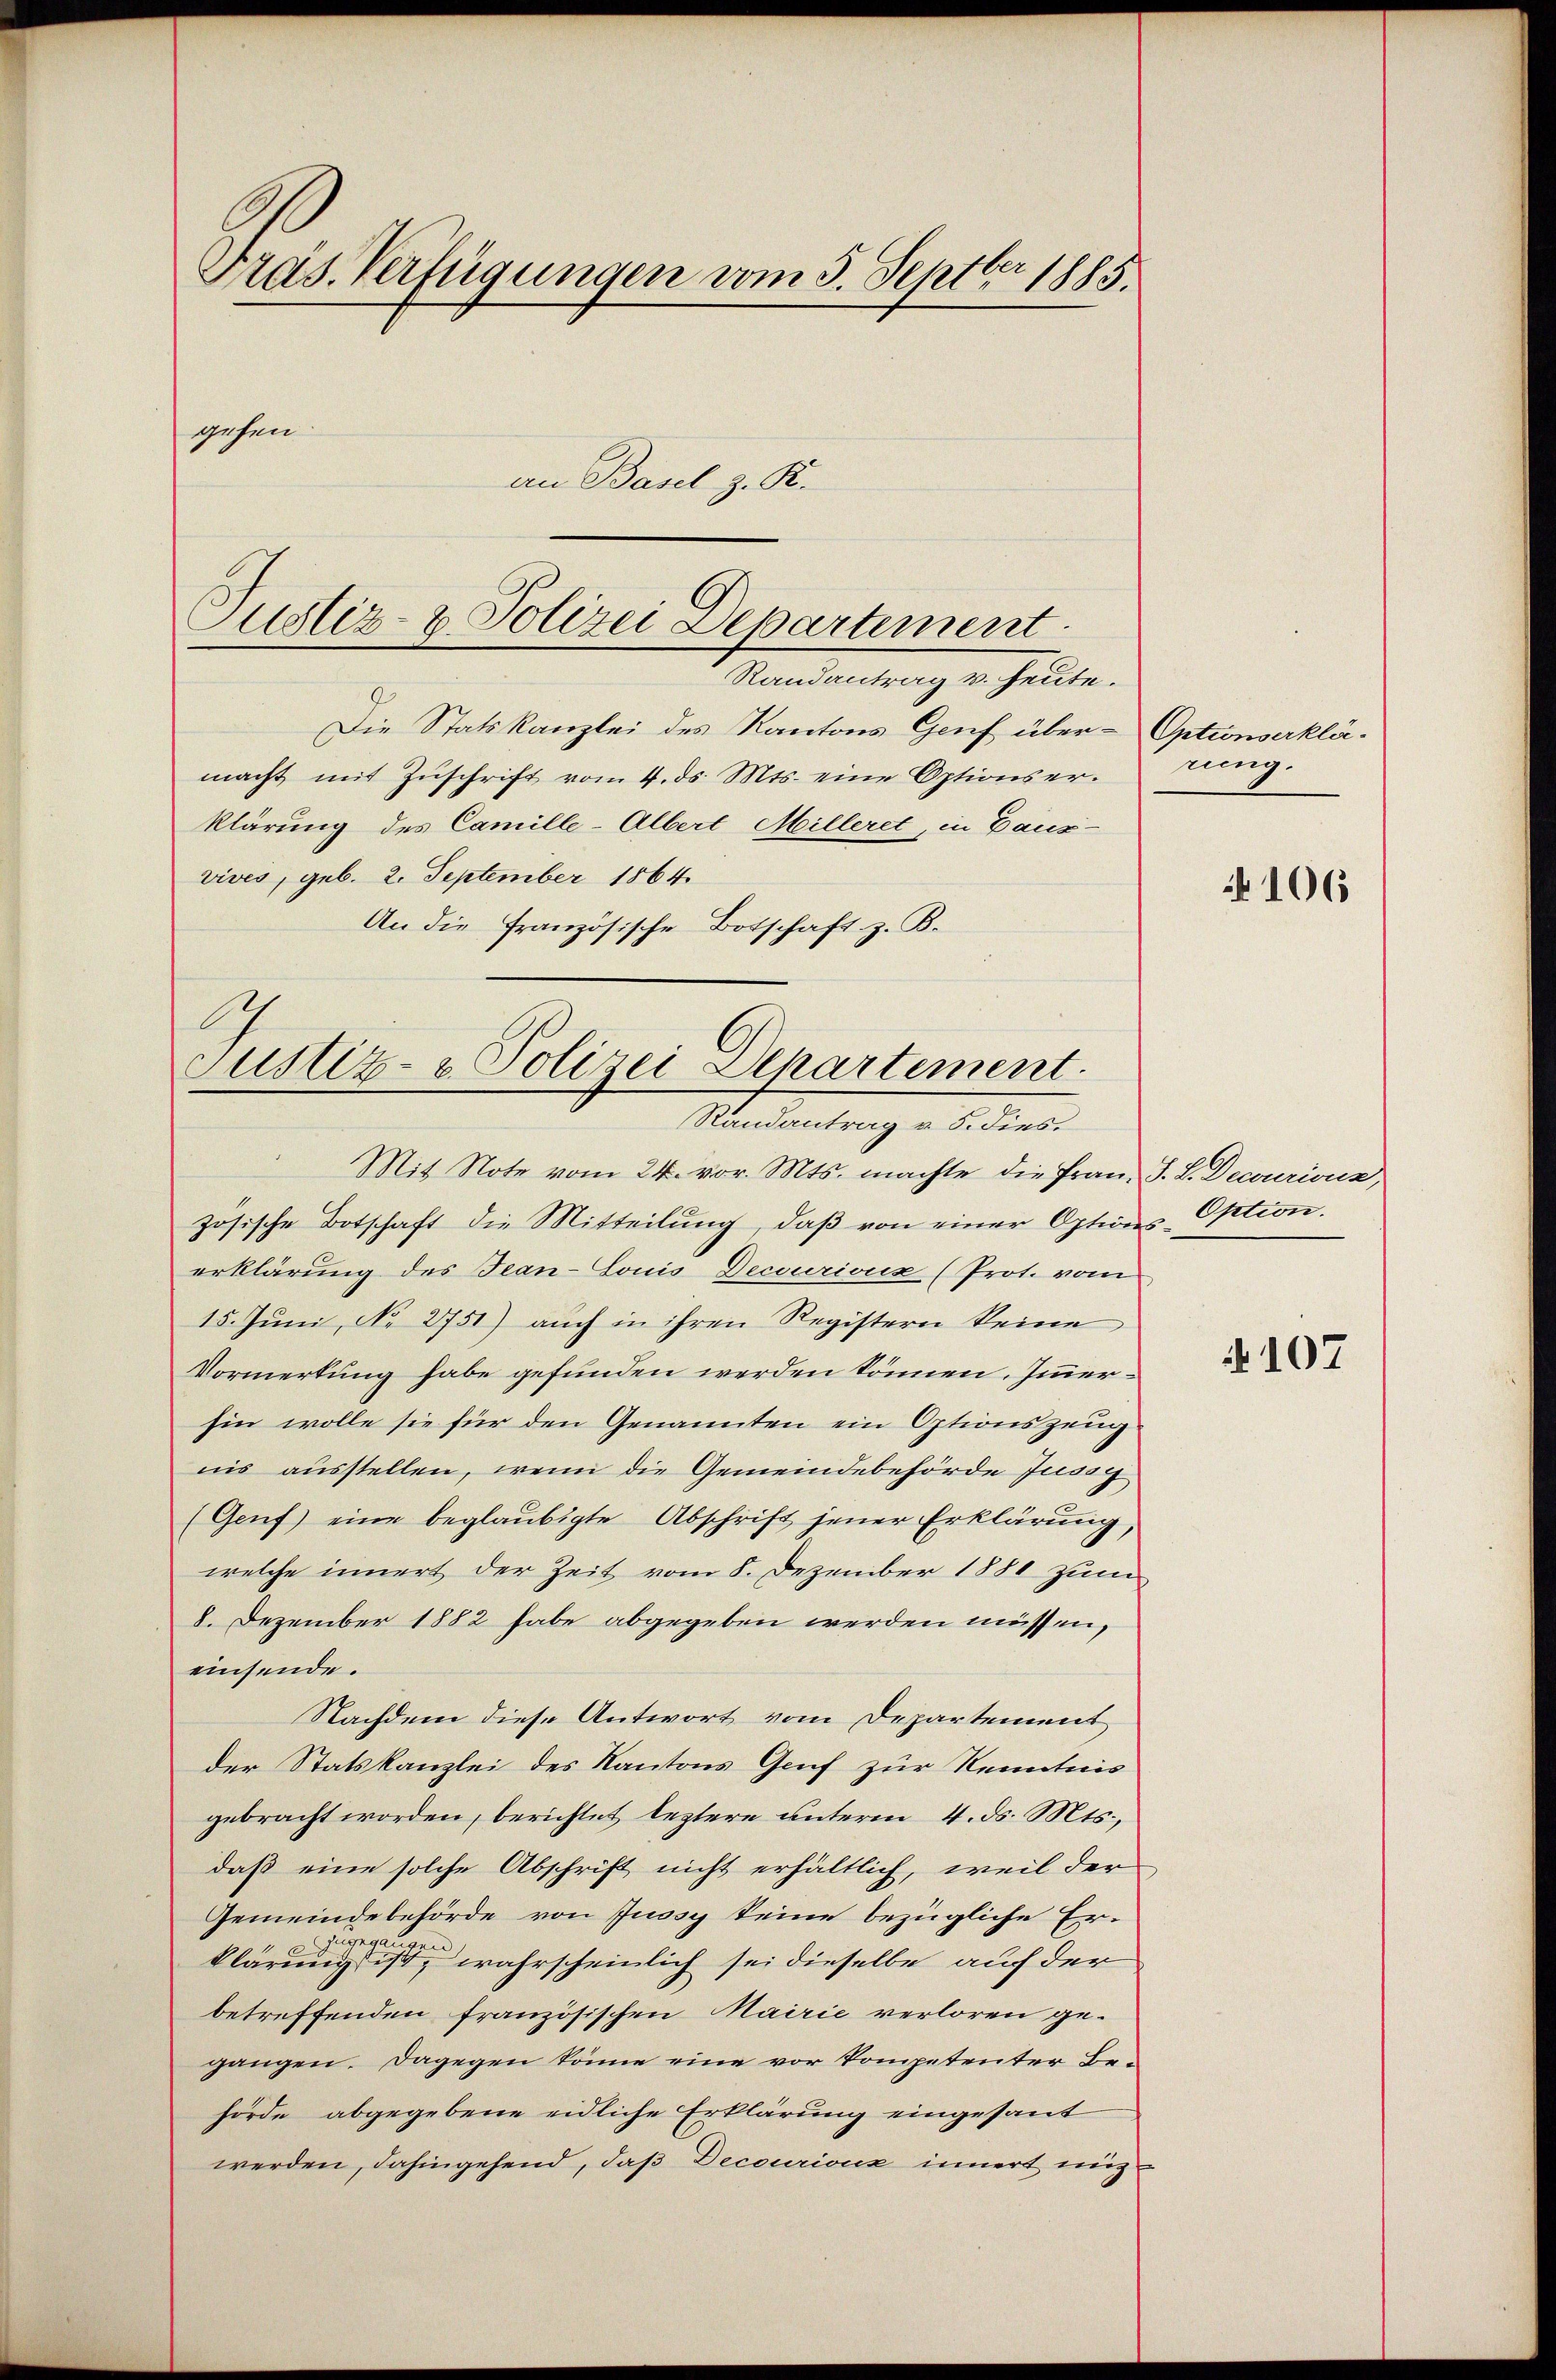
Präs. Verfügungen vom 5. Septbr 1883.
gehen.
an Basel z. R.

Justiz- & Polizei Departement
Randantrag v. heute.

Die Statskanzlei des Kantons Genf über- Optionserklämacht mit Zuschrift vom 4. ds. Mts. eine Optionserklärung des Camille-Albert Milleret, in Daus-
vives, geb. 2. September 1864.
An die Französische Botschaft z. B.

b
Justiz- & Polizei Departement
Randantrag v. 5. dies.
Mit Note vom 24. vor. Mts. machte die Frau, S. L. Decourious,

zösische Botschaft die Mitteilŭng, daβ von einer Options Option.
erklärung des Tean-Gonis Decourioux (Prot. vom
15. Jŭni, No 2751) auch in ihren Registern keine
Vormerkung habe gefunden werden können. Immerhin wolle sie für den Genannten ein Optionszeug
nis ausstellen, wenn die Gemeindebehörde Jussg
(Genf eine beglaubigte Abschrift jener Erklärung,
welche innert der Zeit vom 8. Dezember 1881 zum
8. Dezember 1882 habe abgegeben werden müssen,
einsende.
Nachdem diese Antwort vom Departement
der Statskanzlei des Kantons Genf zur Kenntnis
gebracht worden, berichtet leztere unterm 4. ds. Mts.,
daß eine solche Abschrift nicht erhältlich, weil der
Gemeindebehörde von Jussy keine bezügliche Er-
zurega
klärung ist, wahrscheinlich sei dieselbe auf der
betreffenden französischen Mairie verloren gegangen. Dagegen könne eine vor kompetenter Behörde abgegebene eidliche Erklärung eingesant
werden, dahingehend, daß Decouriouz innert eig

rung.

N 106

§107